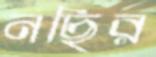
নছির